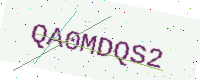
Text: QA0MDQS2